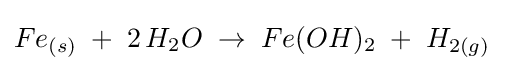
Fe_{(s)}\;+\;2\,H_{2}O\;\rightarrow \;Fe(OH)_{2}\;+\;H_{2(g)}\;